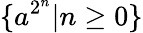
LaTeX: \{ a^{2^{n}}|n\geq 0\}